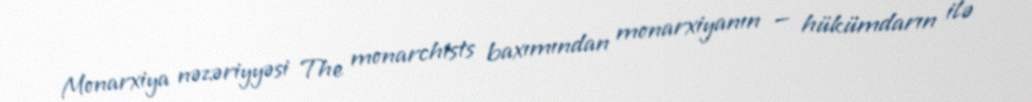
Monarxiya nəzəriyyəsi The monarchists baxımından monarxiyanın — hükümdarın ilə